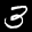
Label: 3